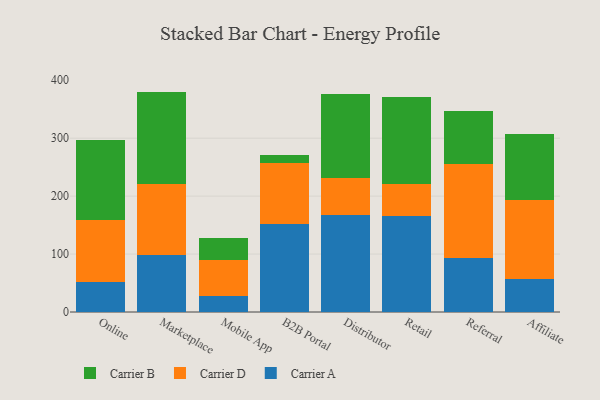
{"axis": {"x": "Channel", "y": "Market Share (%)"}, "legend": ["Carrier A", "Carrier B", "Carrier D"], "data": [{"x": "Online", "y": 51.9, "type": "Carrier A"}, {"x": "Online", "y": 107.0, "type": "Carrier D"}, {"x": "Online", "y": 137.6, "type": "Carrier B"}, {"x": "Marketplace", "y": 97.6, "type": "Carrier A"}, {"x": "Marketplace", "y": 123.1, "type": "Carrier D"}, {"x": "Marketplace", "y": 159.7, "type": "Carrier B"}, {"x": "Mobile App", "y": 27.2, "type": "Carrier A"}, {"x": "Mobile App", "y": 62.2, "type": "Carrier D"}, {"x": "Mobile App", "y": 37.8, "type": "Carrier B"}, {"x": "B2B Portal", "y": 151.9, "type": "Carrier A"}, {"x": "B2B Portal", "y": 105.1, "type": "Carrier D"}, {"x": "B2B Portal", "y": 14.7, "type": "Carrier B"}, {"x": "Distributor", "y": 167.9, "type": "Carrier A"}, {"x": "Distributor", "y": 62.8, "type": "Carrier D"}, {"x": "Distributor", "y": 145.9, "type": "Carrier B"}, {"x": "Retail", "y": 165.6, "type": "Carrier A"}, {"x": "Retail", "y": 55.9, "type": "Carrier D"}, {"x": "Retail", "y": 149.3, "type": "Carrier B"}, {"x": "Referral", "y": 92.4, "type": "Carrier A"}, {"x": "Referral", "y": 163.5, "type": "Carrier D"}, {"x": "Referral", "y": 91.3, "type": "Carrier B"}, {"x": "Affiliate", "y": 57.6, "type": "Carrier A"}, {"x": "Affiliate", "y": 136.0, "type": "Carrier D"}, {"x": "Affiliate", "y": 114.3, "type": "Carrier B"}]}